Vaccine operations Central Provinces & Berar 1912-1920 - 1912-1920
Year: 1912
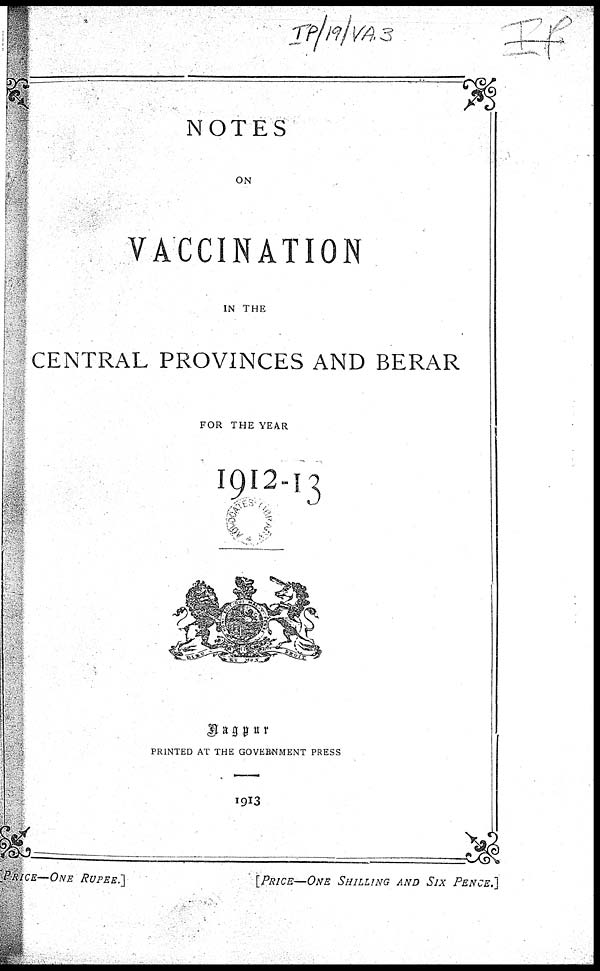
NOTES
ON
VACCINATION
IN THE
CENTRAL PROVINCES AND BERAR
FOR THE YEAR
1912-13
Nagpur
PRINTED AT THE GOVERNMENT PRESS
1913
[PRICE—ONE SHILLING AND SIX PENCE.]
PRICE—ONE
RUPEE.]